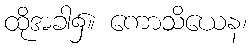
ထိုအခါ၌။ ကောသိယေန၊